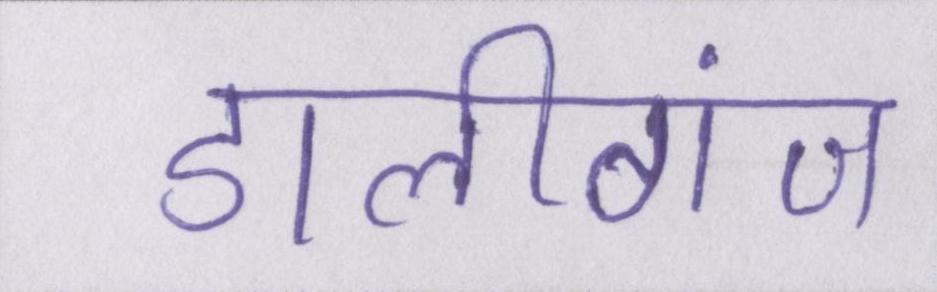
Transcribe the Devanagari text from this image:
डालीगंज